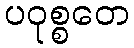
ပဝုစ္စတေ